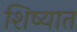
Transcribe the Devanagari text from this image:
शिष्यात